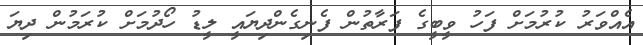
އެއްވަރު ކުރުމަށް ފަހު ވީބީގެ ފަރާތުން ފެނިގެންދިޔައީ ލީޑު ހޯދުމަށް ކުރަމުން ދިޔަ